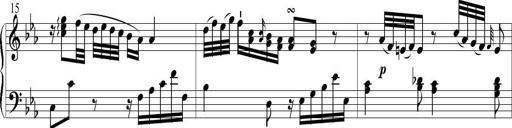
Title: 6 Leichte Sonatinen, Teil 1
Composer: F. Sigismund Sander